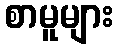
စာမူများ